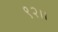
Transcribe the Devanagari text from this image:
९२।।